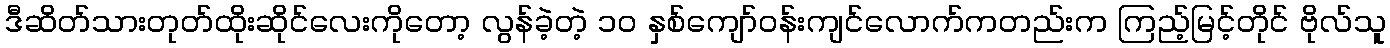
ဒီဆိတ်သားတုတ်ထိုးဆိုင်လေးကိုတော့ လွန်ခဲ့တဲ့ ၁၀ နှစ်ကျော်ဝန်းကျင်လောက်ကတည်းက ကြည့်မြင့်တိုင် ဗိုလ်သူ